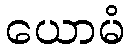
ယောမံ